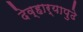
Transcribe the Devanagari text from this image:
देव्हार्‍यापुढे